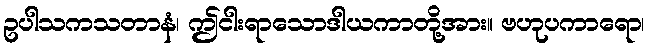
ဥပါသကသတာနံ၊ ဤငါးရာသောဒါယကာတို့အား။ ဗဟုပကာရော၊